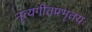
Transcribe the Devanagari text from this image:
नृत्यगीतप्रभृतयः